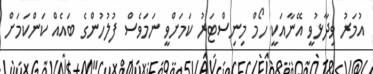
އުމަރު ވިދާޅުވީ އޭނާއަކީ ހޯމް މިނިސްޓަރު ކަމަށްވީ ނަމަވެސް ފުލުހުންގެ ބައެއް ކަންކަމަށް